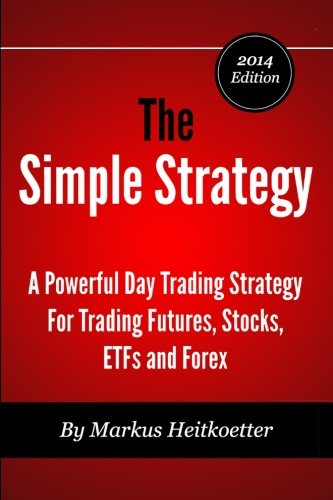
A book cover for The Simple Strategy - A Powerful Day Trading Strategy For Trading Futures, Stocks, ETFs and Forex; Markus Heitkoetter; Business & Money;